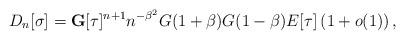
LaTeX: \begin{align*}D_{n}[\sigma]=\mathbf{G}[\tau]^{n+1}n^{-\beta^{2}}G(1+\beta)G(1-\beta)E[\tau]\left( 1+o(1) \right),\end{align*}